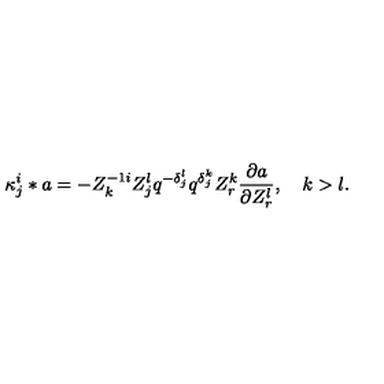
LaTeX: { \kappa } _ { j } ^ { i } \ast a = - Z _ { k } ^ { - 1 i } Z _ { j } ^ { l } q ^ { - { \delta } _ { j } ^ { l } } q ^ { { \delta } _ { j } ^ { k } } Z _ { r } ^ { k } { \frac { \partial a } { \partial { Z _ { r } ^ { l } } } } , \quad k > l .